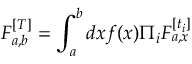
F _ { a , b } ^ { [ T ] } = \int _ { a } ^ { b } d x f ( x ) \Pi _ { i } F _ { a , x } ^ { [ t _ { i } ] }